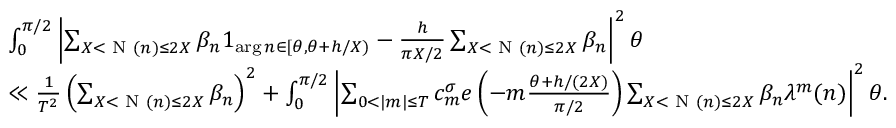
\begin{array} { r l } & { \int _ { 0 } ^ { \pi / 2 } \left| \sum _ { X < \textnormal { N } ( n ) \le 2 X } \beta _ { n } 1 _ { \arg n \in [ \theta , \theta + h / X ) } - \frac { h } { \pi X / 2 } \sum _ { X < \textnormal { N } ( n ) \le 2 X } \beta _ { n } \right| ^ { 2 } \d \theta } \\ & { \ll \frac { 1 } { T ^ { 2 } } \left( \sum _ { X < \textnormal { N } ( n ) \le 2 X } \beta _ { n } \right) ^ { 2 } + \int _ { 0 } ^ { \pi / 2 } \left| \sum _ { 0 < | m | \le T } c _ { m } ^ { \sigma } e \left( - m \frac { \theta + h / ( 2 X ) } { \pi / 2 } \right) \sum _ { X < \textnormal { N } ( n ) \le 2 X } \beta _ { n } \lambda ^ { m } ( n ) \right| ^ { 2 } \d \theta . } \end{array}